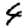
Digit: 4